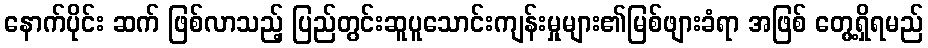
နောက်ပိုင်း ဆက် ဖြစ်လာသည့် ပြည်တွင်းဆူပူသောင်းကျန်းမှုများ၏မြစ်ဖျားခံရာ အဖြစ် တွေ့ရှိရမည်